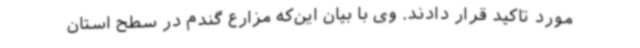
مورد تاکید قرار دادند. وی‌ با بیان این‌که مزارع گندم در سطح استان